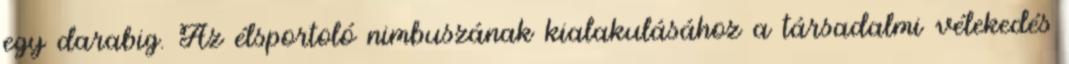
egy darabig. Az élsportoló nimbuszának kialakulásához a társadalmi vélekedés